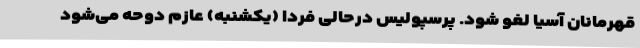
قهرمانان آسیا لغو شود. پرسپولیس درحالی فردا (یکشنبه) عازم دوحه می‌شود